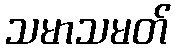
သမာသမတ်